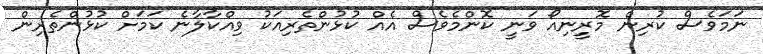
ނަމަވެސް ކުރިން މޮރީނިއޯ ވަނީ ކޮންމެވެސް އެއް ކުޅުންތެރިއަކު ވިއްކާލާނެ ކަމަށް ކުޅުންތެރިން